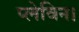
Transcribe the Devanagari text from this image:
प्लेविन।